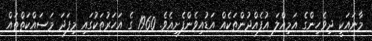
މާނައަކީ ދިވެހިންގެ އަމިއްލަ އުފެއްދުންތަކެއް އަޑުއިވެންފެށިއެވެ. 1960 ގެ އަހަރުތަކުގައި މިފަދަ މަސައްކަތްތައް